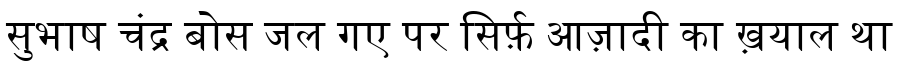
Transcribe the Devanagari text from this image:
सुभाष चंद्र बोस जल गए पर सिर्फ़ आज़ादी का ख़याल था